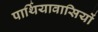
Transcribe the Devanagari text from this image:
पार्थियावासियों